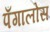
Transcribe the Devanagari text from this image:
पँगालोस